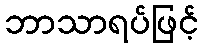
ဘာသာရပ်ဖြင့်